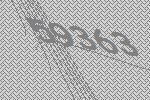
59363